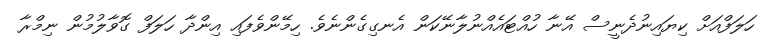
ހަލަފްއަށް ކިޔައިނުދެނީސް އޭނާ ހުއްޓައެއްނުލާނޭކަން އެނގިގެންނެވެ. ހިމޭންވެފައި އިންދާ ހަލަފް ގޮވާލުމުން ނިމްރާ